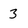
Character: 3